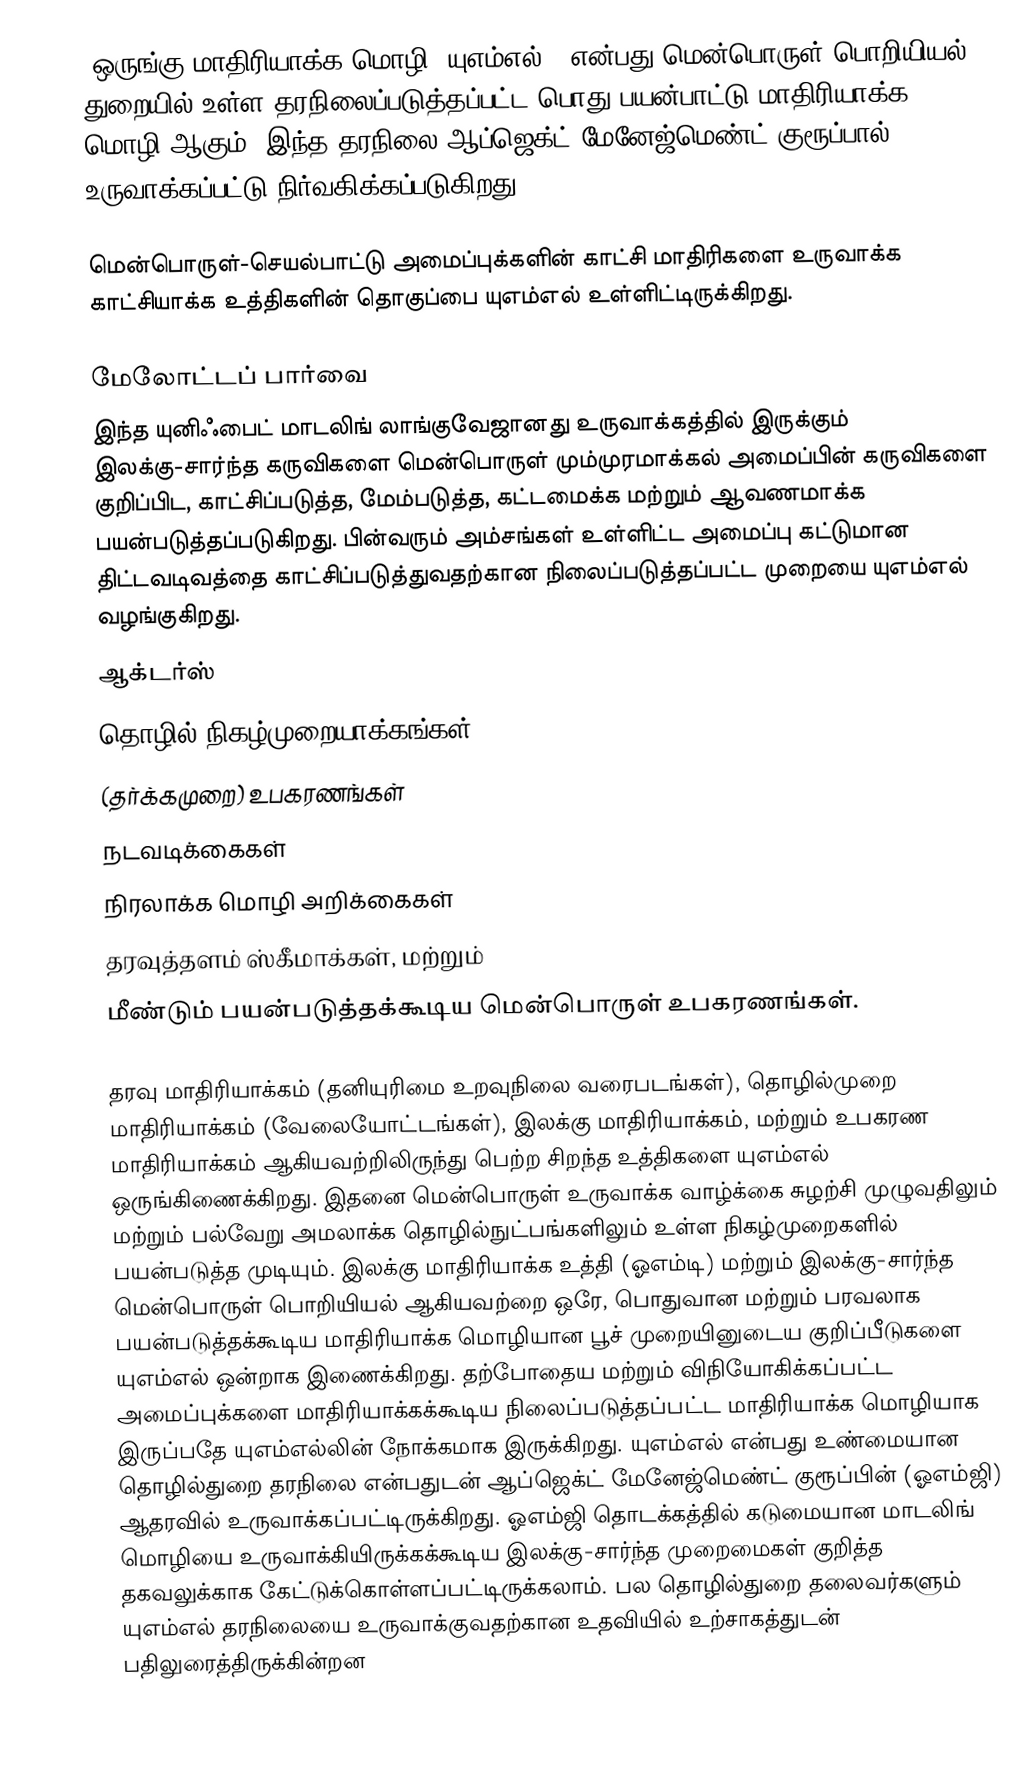
'ஒருங்கு மாதிரியாக்க மொழி (யுஎம்எல் ) என்பது மென்பொருள் பொறியியல் துறையில் உள்ள தரநிலைப்படுத்தப்பட்ட பொது-பயன்பாட்டு மாதிரியாக்க மொழி ஆகும். இந்த தரநிலை ஆப்ஜெக்ட் மேனேஜ்மெண்ட் குரூப்பால் உருவாக்கப்பட்டு நிர்வகிக்கப்படுகிறது.

மென்பொருள்-செயல்பாட்டு அமைப்புக்களின் காட்சி மாதிரிகளை உருவாக்க காட்சியாக்க உத்திகளின் தொகுப்பை யுஎம்எல் உள்ளிட்டிருக்கிறது.

மேலோட்டப் பார்வை
இந்த யுனிஃபைட் மாடலிங் லாங்குவேஜானது உருவாக்கத்தில் இருக்கும் இலக்கு-சார்ந்த கருவிகளை மென்பொருள் மும்முரமாக்கல் அமைப்பின் கருவிகளை குறிப்பிட, காட்சிப்படுத்த, மேம்படுத்த, கட்டமைக்க மற்றும் ஆவணமாக்க பயன்படுத்தப்படுகிறது. பின்வரும் அம்சங்கள் உள்ளிட்ட அமைப்பு கட்டுமான திட்டவடிவத்தை காட்சிப்படுத்துவதற்கான நிலைப்படுத்தப்பட்ட முறையை யுஎம்எல் வழங்குகிறது.
 ஆக்டர்ஸ்
 தொழில் நிகழ்முறையாக்கங்கள்
 (தர்க்கமுறை) உபகரணங்கள்
 நடவடிக்கைகள்
 நிரலாக்க மொழி அறிக்கைகள்
 தரவுத்தளம் ஸ்கீமாக்கள், மற்றும்
 மீண்டும் பயன்படுத்தக்கூடிய மென்பொருள் உபகரணங்கள்.

தரவு மாதிரியாக்கம் (தனியுரிமை உறவுநிலை வரைபடங்கள்), தொழில்முறை மாதிரியாக்கம் (வேலையோட்டங்கள்), இலக்கு மாதிரியாக்கம், மற்றும் உபகரண மாதிரியாக்கம் ஆகியவற்றிலிருந்து பெற்ற சிறந்த உத்திகளை யுஎம்எல் ஒருங்கிணைக்கிறது. இதனை மென்பொருள் உருவாக்க வாழ்க்கை சுழற்சி முழுவதிலும் மற்றும் பல்வேறு அமலாக்க தொழில்நுட்பங்களிலும் உள்ள நிகழ்முறைகளில் பயன்படுத்த முடியும். இலக்கு மாதிரியாக்க உத்தி (ஓஎம்டி) மற்றும் இலக்கு-சார்ந்த மென்பொருள் பொறியியல் ஆகியவற்றை ஒரே, பொதுவான மற்றும் பரவலாக பயன்படுத்தக்கூடிய மாதிரியாக்க மொழியான பூச் முறையினுடைய குறிப்பீடுகளை யுஎம்எல் ஒன்றாக இணைக்கிறது. தற்போதைய மற்றும் விநியோகிக்கப்பட்ட அமைப்புக்களை மாதிரியாக்கக்கூடிய நிலைப்படுத்தப்பட்ட மாதிரியாக்க மொழியாக இருப்பதே யுஎம்எல்லின் நோக்கமாக இருக்கிறது. யுஎம்எல் என்பது உண்மையான தொழில்துறை தரநிலை என்பதுடன் ஆப்ஜெக்ட் மேனேஜ்மெண்ட் குரூப்பின் (ஓஎம்ஜி) ஆதரவில் உருவாக்கப்பட்டிருக்கிறது. ஓஎம்ஜி தொடக்கத்தில் கடுமையான மாடலிங் மொழியை உருவாக்கியிருக்கக்கூடிய இலக்கு-சார்ந்த முறைமைகள் குறித்த தகவலுக்காக கேட்டுக்கொள்ளப்பட்டிருக்கலாம். பல தொழில்துறை தலைவர்களும் யுஎம்எல் தரநிலையை உருவாக்குவதற்கான உதவியில் உற்சாகத்துடன் பதிலுரைத்திருக்கின்றன